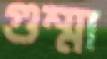
গুম্মা